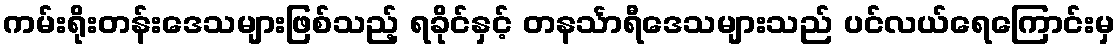
ကမ်းရိုးတန်းဒေသများဖြစ်သည့် ရခိုင်နှင့် တနင်္သာရီဒေသများသည် ပင်လယ်ရေကြောင်းမှ